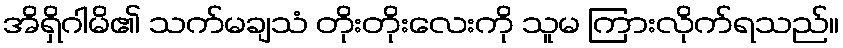
အိရှိဂါမိ၏ သက်မချသံ တိုးတိုးလေးကို သူမ ကြားလိုက်ရသည်။